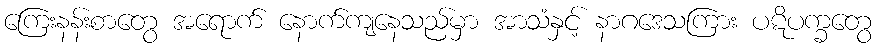
ကြေးနန်းစာတွေ အရောက် နောက်ကျနေသည်မှာ အာသံနှင့် နာဂဒေသကြား ပဋိပက္ခတွေ